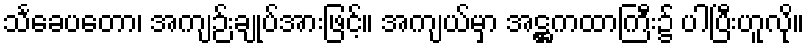
သင်္ခေပတော၊ အကျဉ်းချုပ်အားဖြင့်။ အကျယ်မှာ အဋ္ဌကထာကြီး၌ ပါပြီးဟူလို။